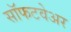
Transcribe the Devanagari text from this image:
सॉफटवेअर